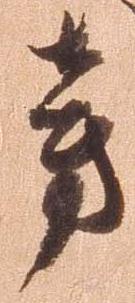
旁